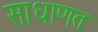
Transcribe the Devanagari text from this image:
साधाणतः